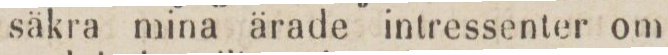
säkra mina ärade intressenter om